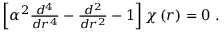
\begin{array} { r } { \left[ \alpha ^ { 2 } \frac { d ^ { 4 } } { d r ^ { 4 } } - \frac { d ^ { 2 } } { d r ^ { 2 } } - 1 \right] \chi \left( r \right) = 0 \; . } \end{array}